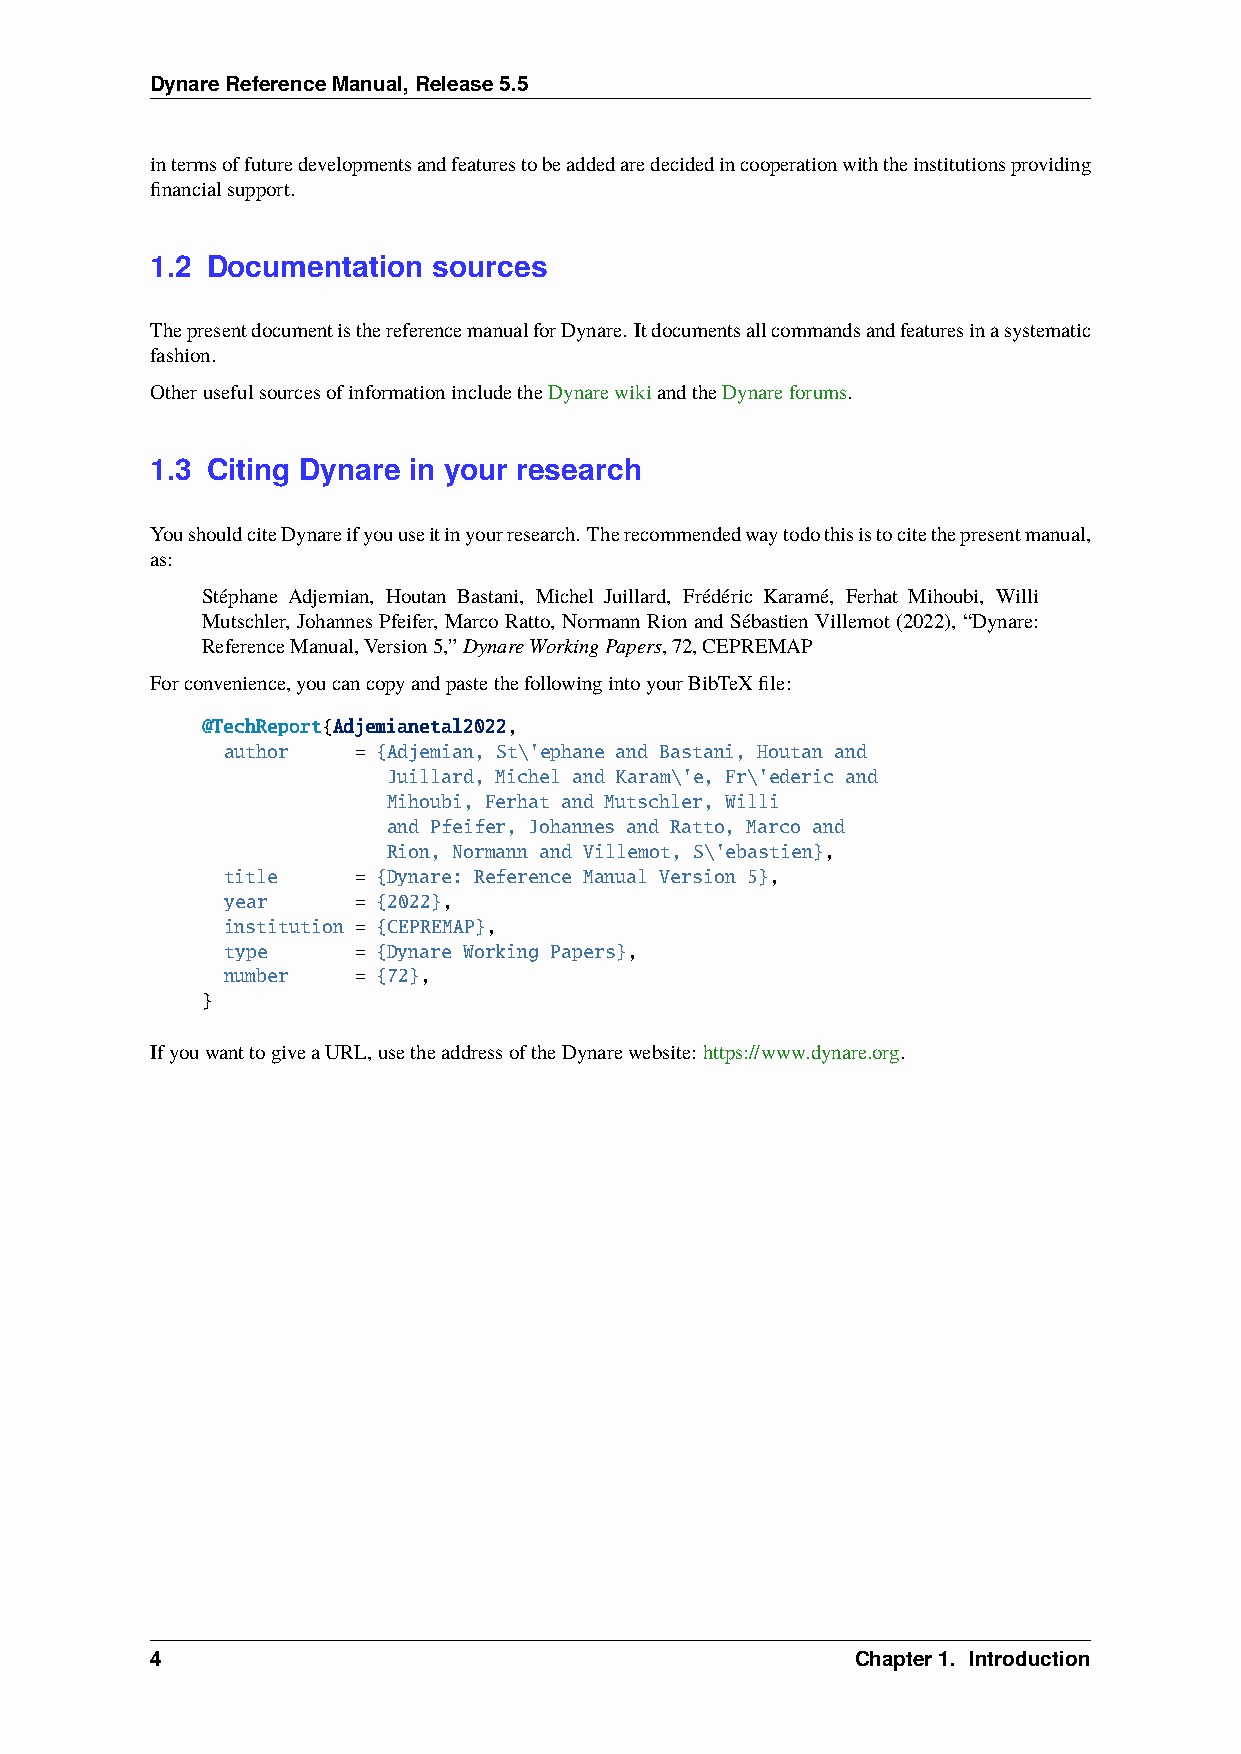
DynareReferenceManual,Release5.5
 intermsoffuturedevelopmentsandfeaturestobeaddedaredecidedincooperationwiththeinstitutionsproviding
 financialsupport.
 1.2 Documentation  sources
 ThepresentdocumentisthereferencemanualforDynare. Itdocumentsallcommandsandfeaturesinasystematic
 fashion.
 OtherusefulsourcesofinformationincludetheDynarewikiandtheDynareforums.
 1.3 Citing Dynare in your research
 YoushouldciteDynareifyouuseitinyourresearch. Therecommendedwaytodothisistocitethepresentmanual,
 as:
 Stéphane Adjemian, Houtan Bastani, Michel Juillard, Frédéric Karamé, Ferhat Mihoubi, Willi
 Mutschler, Johannes Pfeifer, Marco Ratto, Normann Rion and Sébastien Villemot (2022), “Dynare:
 ReferenceManual,Version5,”DynareWorkingPapers,72,CEPREMAP
 Forconvenience,youcancopyandpastethefollowingintoyourBibTeXfile:
 @TechReport{Adjemianetal2022,
 author  = {Adjemian, St\'ephane and Bastani, Houtan and
 Juillard, Michel and Karam\'e, Fr\'ederic and
 Mihoubi, Ferhat and Mutschler, Willi
 and Pfeifer, Johannes and Ratto, Marco and
 Rion, Normann and Villemot, S\'ebastien},
 title   = {Dynare: Reference Manual Version 5},
 year    = {2022},
 institution = {CEPREMAP},
 type    = {Dynare Working Papers},
 number  = {72},
 }
 IfyouwanttogiveaURL,usetheaddressoftheDynarewebsite: https://www.dynare.org.
 4                                              Chapter1. Introduction